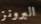
البرونز